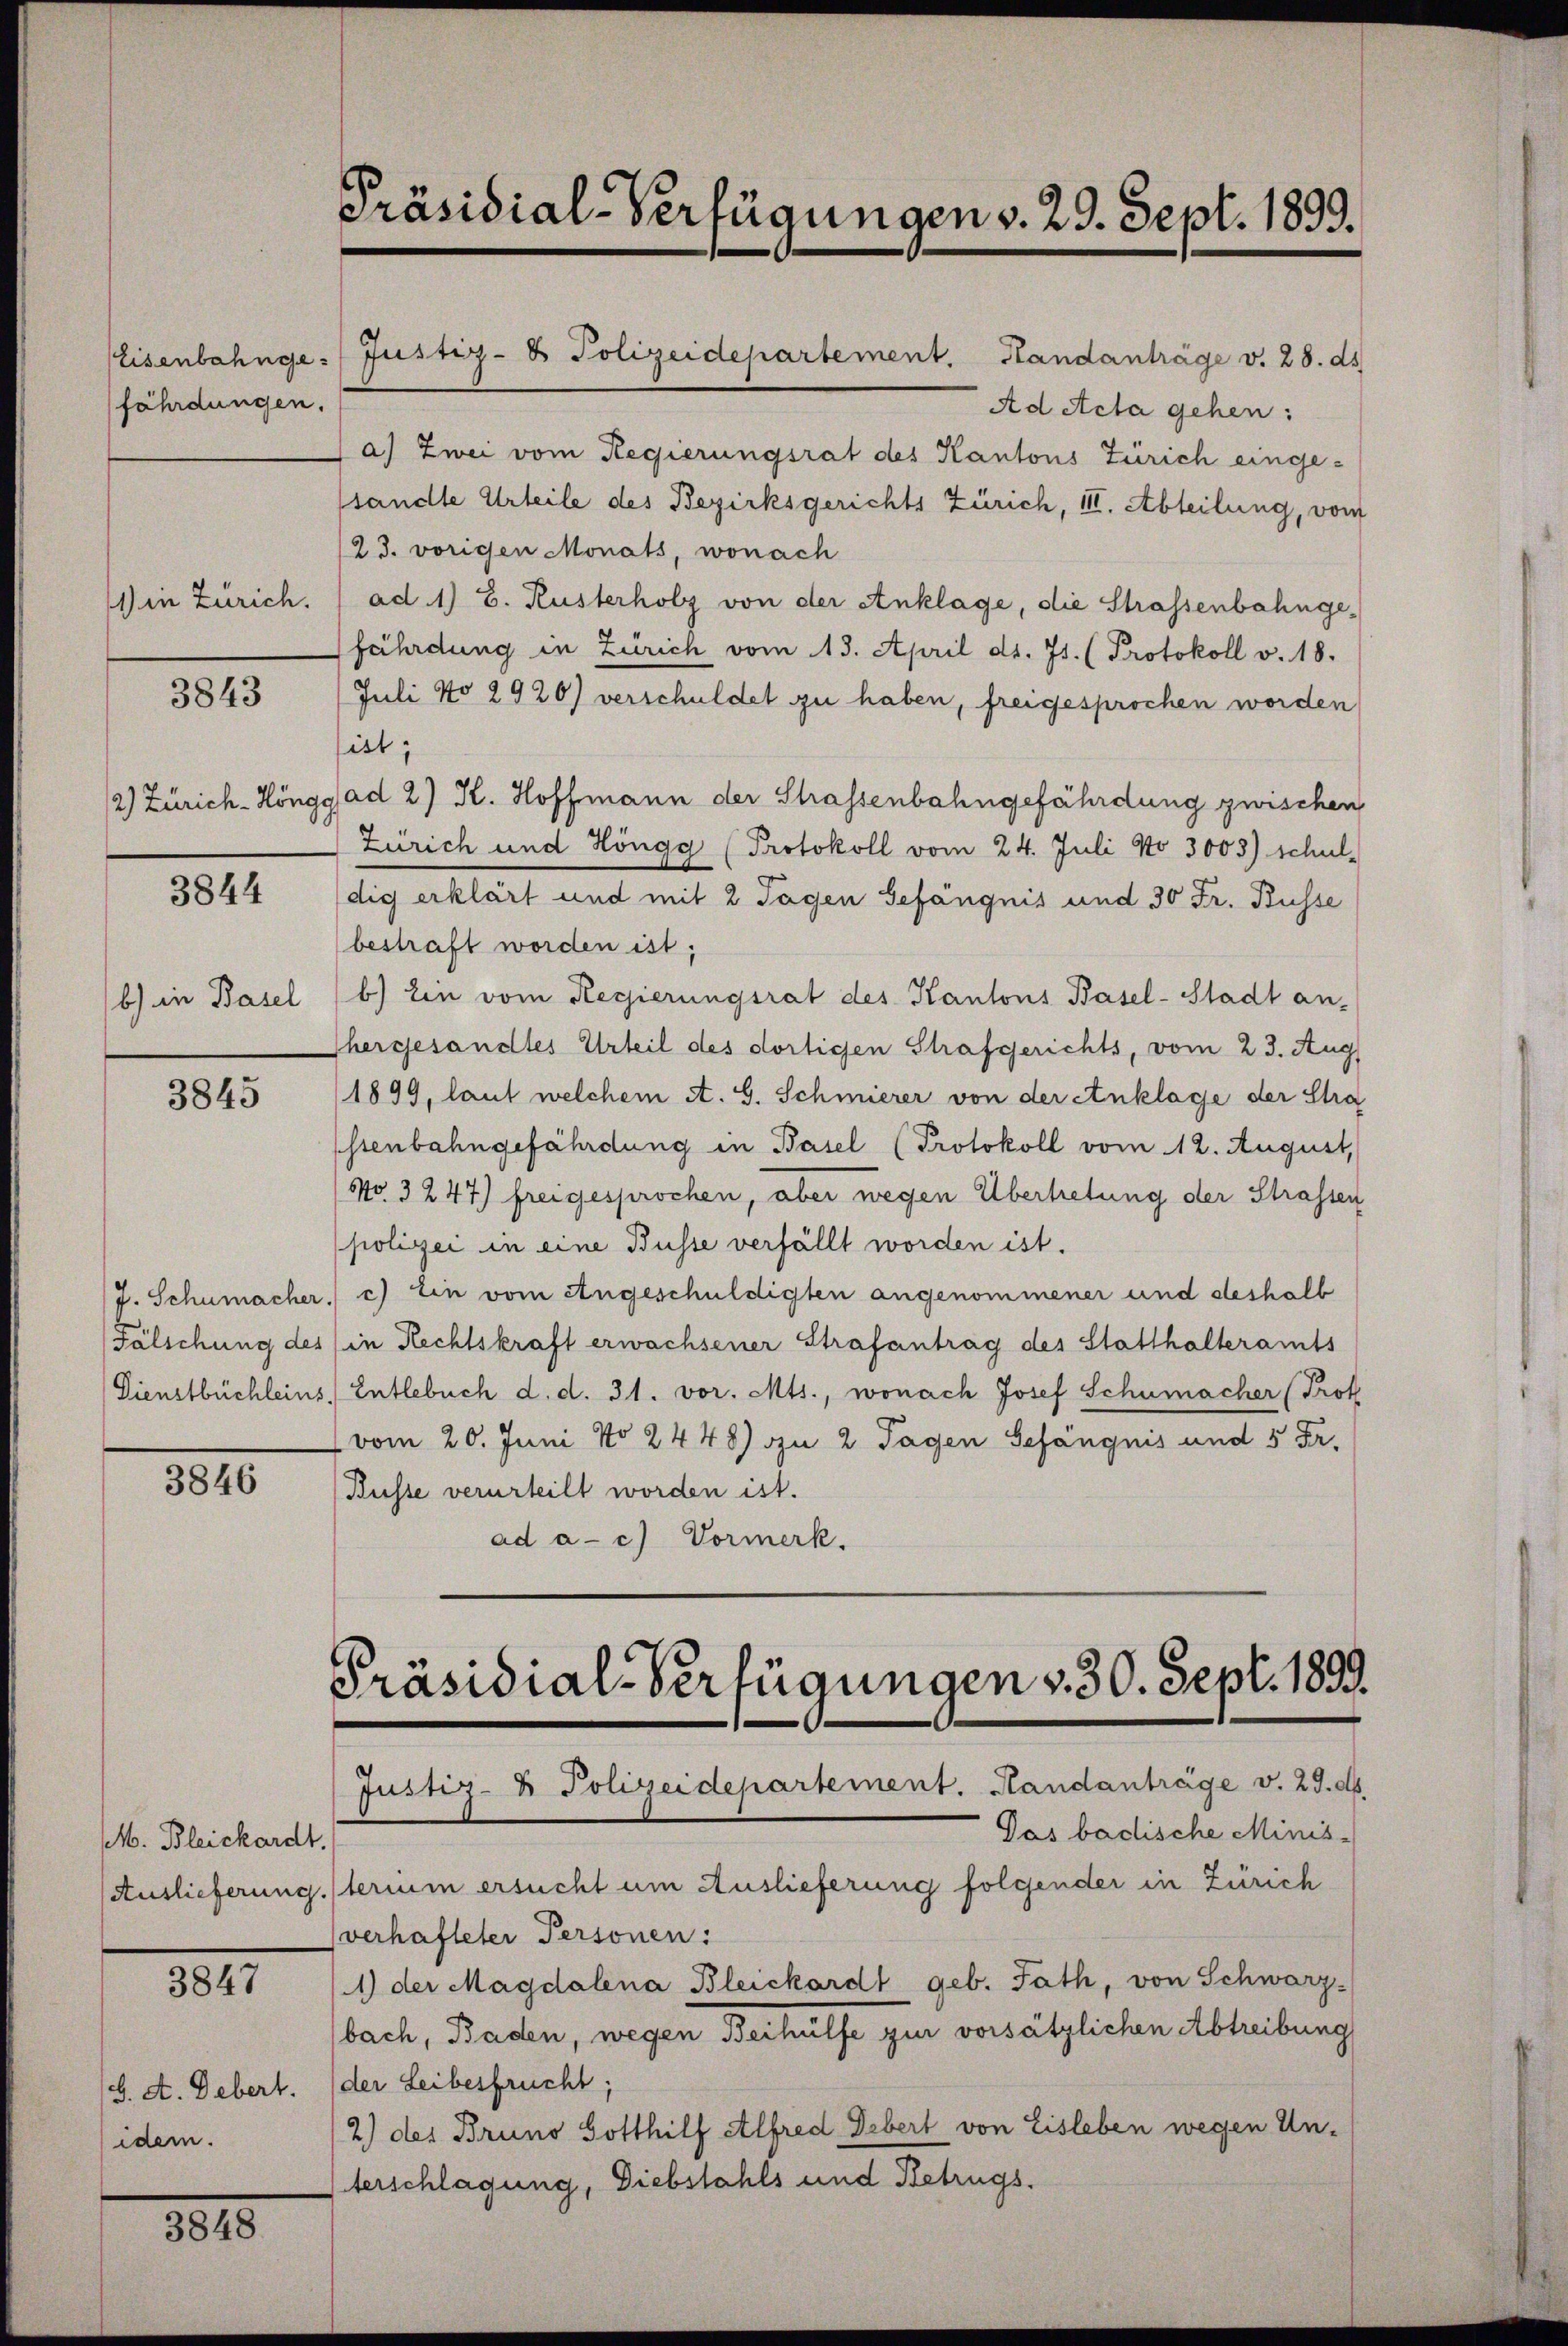
fährdungen.

ie Zürich.

3843

3844

b) in Basel

3845

J. Schumacher.
Fälschung des
Dienstbüchleins

3846

M. Bleichardt.
Auslieferung.

3847

(6. A. Debert.
idem.

301

Präsidial-Verfügungen v. 29. Sept. 1899.

Ad Acta gehen:
a) Zwei vom Regierungsrat des Kantons Zürich eingesandte Urteile des Bezirksgerichts Zürich, III. Abteilung, vom
/23. vorigen Monats, wonach
ad 1) S. Rusterholz von der Anklage, die Strassenbahnge-
fährdung in Zürich vom 13. April d. Js. (Protokoll v. 18.
Juli No 2920) verschuldet zu haben, freigesprochen worden
ist;
2) Zürich-Höngg ad 2) K. Hoffmann der Strassenbahngefährdung zwischen
Zürich und Höngg (Protokoll vom 24. Juli No 3003) schul-
dig erklärt und mit 2 Tagen Gefängnis und 30 Fr. Busse
bestraft worden ist;
b) Ein vom Regierungsrat des Kantons Basel-Stadt an-
Ghergesandtes Urteil des dortigen Strafgerichts, vom 23. Aug
1899, laut welchem et. G. Schmierer von der Anklage der Stra
ssenbahngefährdung in Basel (Protokoll vom 12. August,
No. 3247) freigesprochen, aber wegen Übertretung der Strassen
polizei in eine Busse verfällt worden ist.
 c) Ein vom Angeschuldigten angenommener und deshalb
in Rechtskraft erwachsener Strafantrag des Statthalteramts
 Entlebuch d. d. 31. vor. Mts., wonach Josef Schumacher (Prof
 vom 20. Juni No 2448) zu 2 Tagen Gefängnis und 5 Fr.
Busse verurteilt worden ist.
ad a. c.) Vormerk.

Eisenbahnge- Justiz- & Polizeidepartement. Handanträge v. 28. ds.

Präsidial-Verfügungen v. 30. Sept. 1899.
Justiz- & Polizeidepartement. Handanträge v. 29. d.

Das badische Minis-
sterium ersucht um Auslieferung folgender in Zürich
verhafteter Personen:
1) der Magdalena Bleickardt geb. Fath, von Schwarz
bach, Baden, wegen Beihülfe zur vorsätzlichen Abtreibung
der Leibesfrucht;
2) des Bruno Gotthilf Alfred Debert von Eisleben wegen Unterschlagung, Diebstahls und Betrugs.